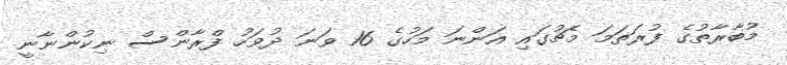
މުބާރާތުގެ ފުރަތަމަ މެޗުގައި އަންނަ މަހުގެ 16 ވަނަ ދުވަހު ފްރާންސް ނިކުންނާނީ